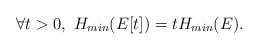
\begin{align*}\forall t>0, \ H_{min}(E[t])= t H_{min} (E).\end{align*}